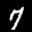
Label: 7